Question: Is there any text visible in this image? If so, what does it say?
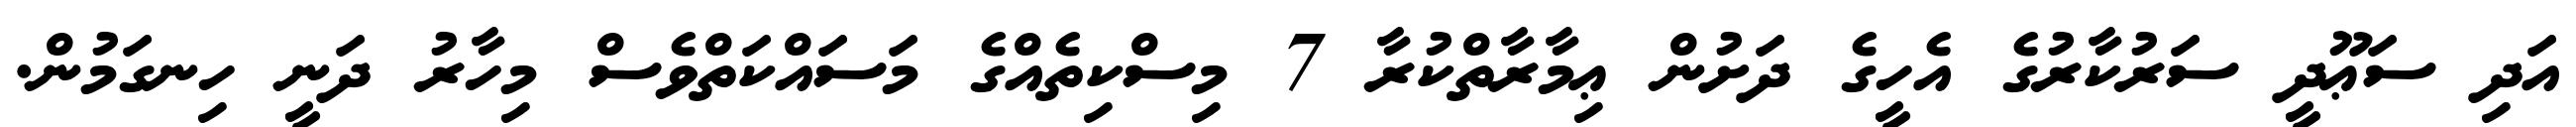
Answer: އަދި ސަޢޫދީ ސަރުކާރުގެ އެހީގެ ދަށުން ޢިމާރާތްކުރާ 7 މިސްކިތެއްގެ މަސައްކަތްވެސް މިހާރު ދަނީ ހިނގަމުން.